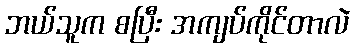
ဘယ်သူက စပြီး အကျပ်ကိုင်တာလဲ